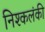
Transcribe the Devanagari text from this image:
निश्कलंकी